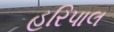
હરિપાલ